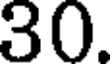
30.